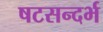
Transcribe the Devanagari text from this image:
षटसन्दर्भ